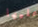
عليها